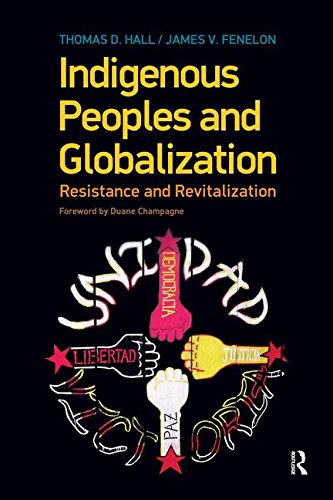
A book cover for Indigenous Peoples and Globalization: Resistance and Revitalization; Thomas D. Hall; Law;